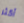
أكثر